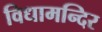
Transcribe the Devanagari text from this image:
विधामन्दिर